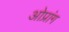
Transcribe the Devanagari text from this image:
ओप्रांग